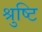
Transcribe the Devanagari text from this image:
श्रुष्टि